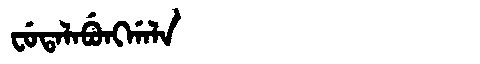
Manchu: ᠸᡠᡨᠠᠯᠠᠪᡠᠩᡤᠠᠯᠠ
Romanization: FUTALABUNGGALA